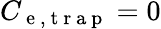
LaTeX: C_{\mathrm{~e~,~t~r~a~p~}}=0